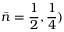
\bar { n } = \frac 1 2 , \frac 1 4 )